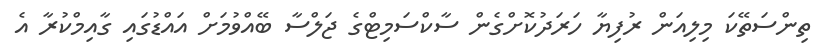
ތިންސަތޭކަ މިލިއަން ރުފިޔާ ހަރަދުކޮށްގެން ސާކްސަމިޓްގެ ޖަލްސާ ބޭއްވުމަށް އައްޑުގައި ގާއިމްކުރާ އެ